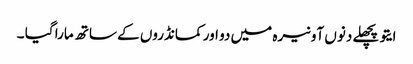
ایتو پچھلے دنوں آونیرہ میں دو اور کمانڈروں کے ساتھ مارا گیا ۔